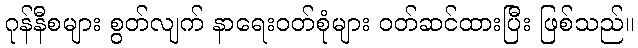
ဂုန်နီစများ စွတ်လျက် နာရေးဝတ်စုံများ ဝတ်ဆင်ထားပြီး ဖြစ်သည်။